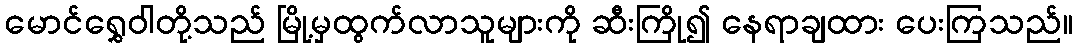
မောင်ရွှေဝါတို့သည် မြို့မှထွက်လာသူများကို ဆီးကြို၍ နေရာချထား ပေးကြသည်။